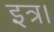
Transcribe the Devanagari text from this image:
इत्र।